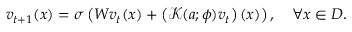
v _ { t + 1 } ( x ) = \sigma \left( W v _ { t } ( x ) + \left( \mathcal { K } ( a ; \phi ) v _ { t } \right) ( x ) \right) , \quad \forall x \in D .